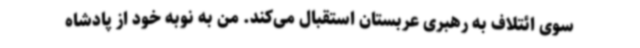
سوی ائتلاف به رهبری عربستان استقبال می‌کند. من به نوبه خود از پادشاه